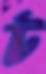
ট